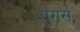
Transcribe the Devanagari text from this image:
शुगर्स